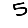
Digit: 5